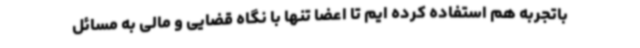
باتجربه هم استفاده کرده ایم تا اعضا تنها با نگاه قضایی و مالی به مسائل